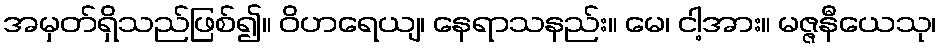
အမှတ်ရှိသည်ဖြစ်၍။ ဝိဟရေယျ၊ နေရာသနည်း။ မေ၊ ငါ့အား။ မဇ္ဇနီယေသု၊